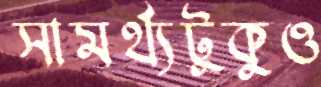
সামর্থ্যটুকুও